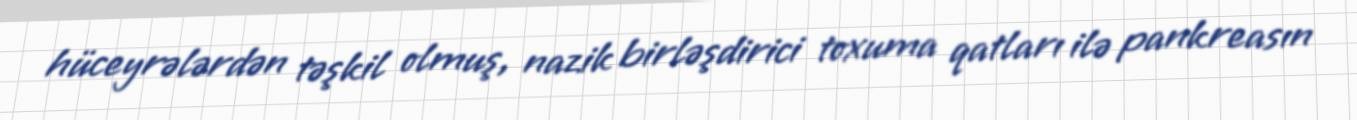
hüceyrələrdən təşkil olmuş, nazik birləşdirici toxuma qatları ilə pankreasın